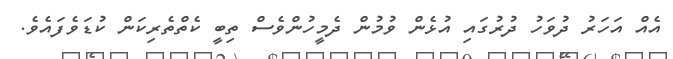
އެއް އަހަރު ދުވަހު ދުރުގައި އުޅެން ވުމުން ދެމީހުންވެސް ތިބީ ކެތްތެރިކަން ކުޑަވެފައެވެ.